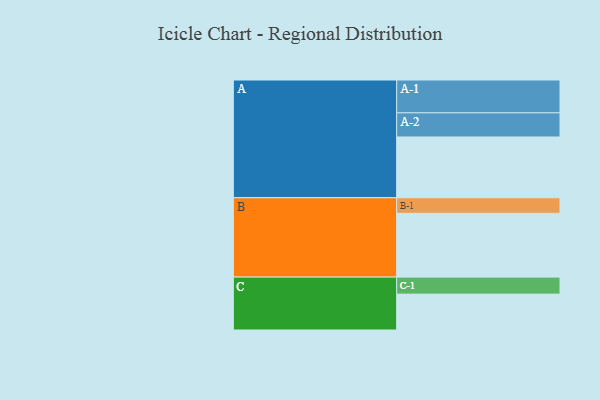
{"axis": {"x": "Segment", "y": "Value"}, "legend": ["", "A", "B", "C"], "data": [{"x": "A", "y": 518, "type": ""}, {"x": "B", "y": 544, "type": ""}, {"x": "C", "y": 306, "type": ""}, {"x": "A-1", "y": 280, "type": "A"}, {"x": "A-2", "y": 206, "type": "A"}, {"x": "B-1", "y": 133, "type": "B"}, {"x": "C-1", "y": 145, "type": "C"}]}